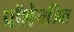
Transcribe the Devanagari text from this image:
प्रॉशेनजित